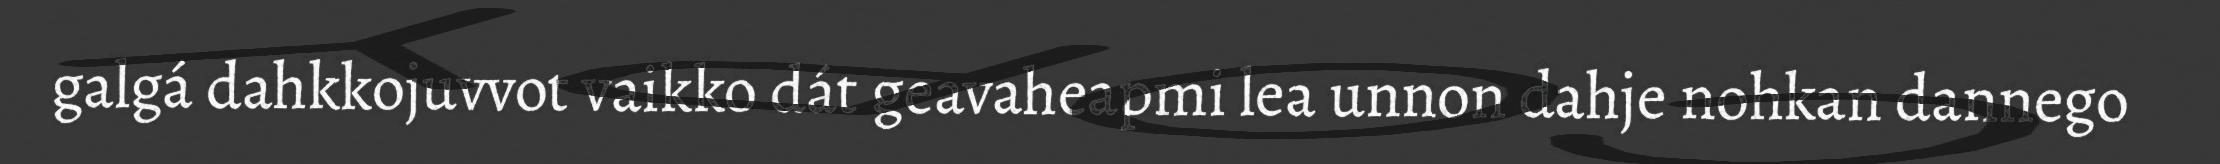
galgá dahkkojuvvot vaikko dát geavaheapmi lea unnon dahje nohkan dannego